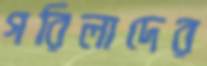
গরিলাদের